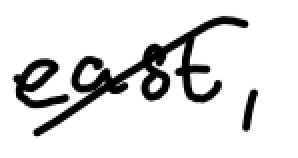
Text: east,
Cross-out: diagonal
Writing tool: digital_black